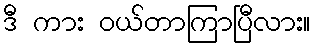
ဒီ ကား ဝယ်တာကြာပြီလား။